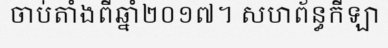
ចាប់តាំងពីឆ្នាំ២០១៧។ សហព័ន្ធកីឡា